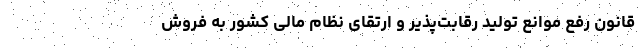
قانون رفع موانع تولید رقابت‌پذیر و ارتقای نظام مالی کشور به فروش